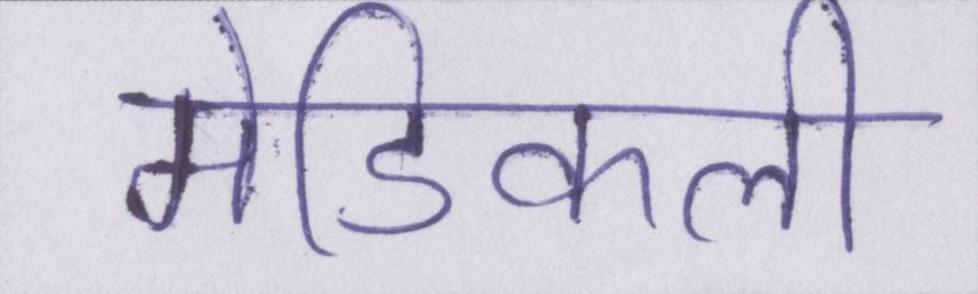
मेडिकली